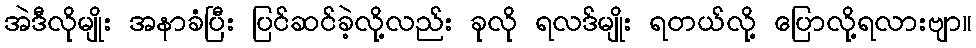
အဲဒီလိုမျိုး အနာခံပြီး ပြင်ဆင်ခဲ့လို့လည်း ခုလို ရလဒ်မျိုး ရတယ်လို့ ပြောလို့ရလားဗျာ။